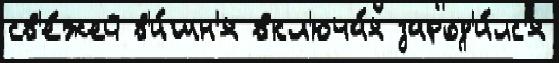
св'е́жей в'и́шн'я вкл'юча́я зарод'и́лс'я